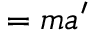
= m { \boldsymbol { a ^ { \prime } } }